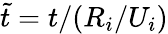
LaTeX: \tilde{t}=t/(R_{i}/U_{i})